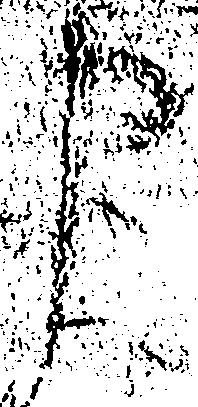
申